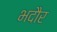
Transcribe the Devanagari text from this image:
भदौर